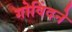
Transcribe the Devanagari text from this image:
गोविंदने